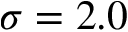
\sigma = 2 . 0